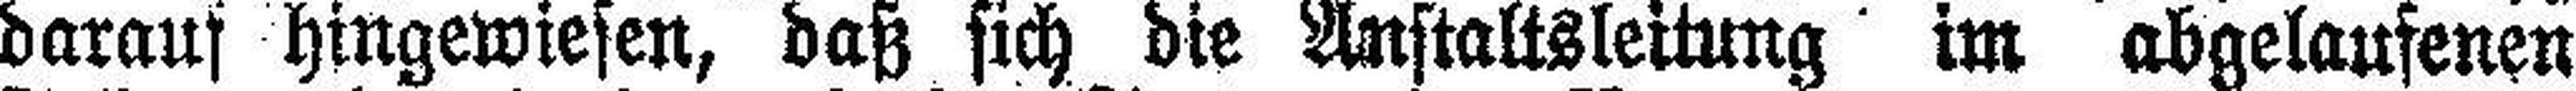
darauf hingewiesen, daß sich die Anstaltsleitung im abgelaufenen